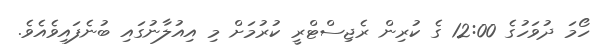
ހޯމަ ދުވަހުގެ 12:00 ގެ ކުރިން ރެޖިސްޓްރީ ކުރުމަށް މި އިއުލާނުގައި ބުނެފައިވެއެވެ.